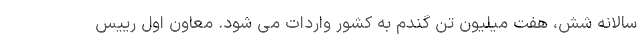
سالانه شش، هفت میلیون تن گندم به کشور واردات می شود. معاون اول رییس